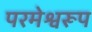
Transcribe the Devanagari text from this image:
परमेश्वरूप